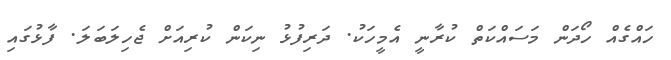
ހައްގެއް ހޯދަން މަސައްކަތް ކުރާނީ އެމީހަކު. ދަރިފުޅު ނިކަން ކުރިއަށް ޖެހިލަބަލަ. ފާޅުގައި